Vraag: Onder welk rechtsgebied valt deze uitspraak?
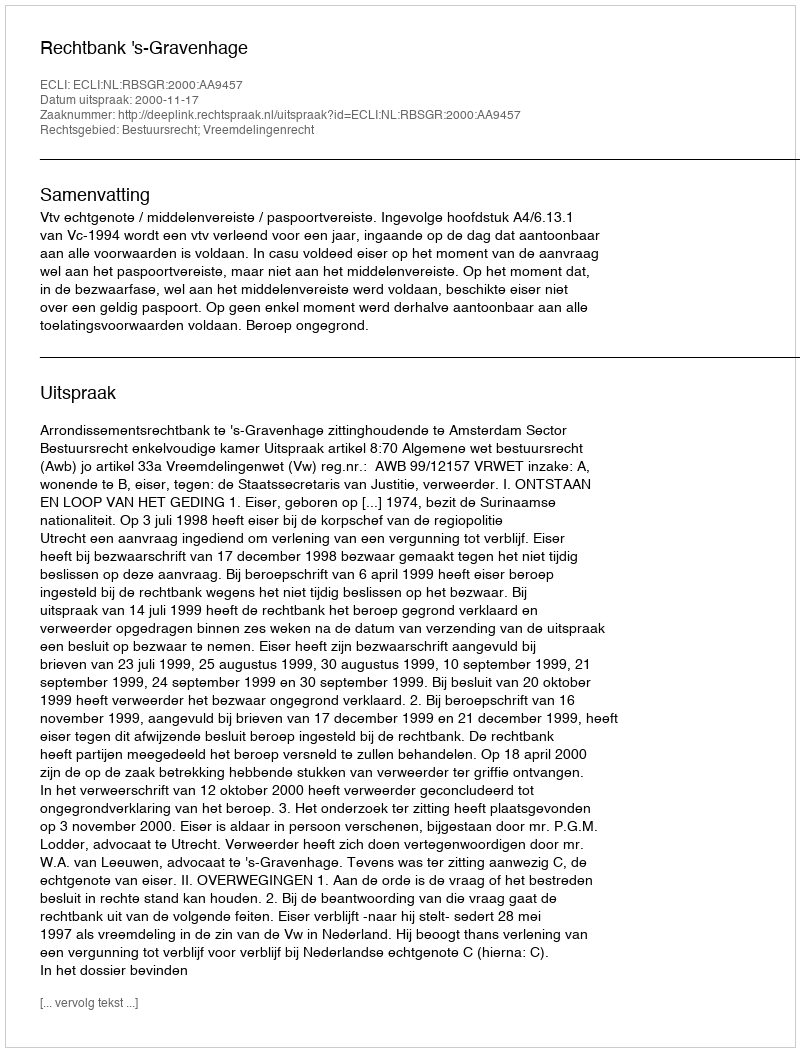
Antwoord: Bestuursrecht; Vreemdelingenrecht